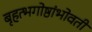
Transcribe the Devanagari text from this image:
बृहत्भगोष्ठांभोवती